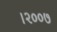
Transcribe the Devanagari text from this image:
।२००७